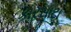
કારસાટા